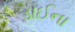
ડાઈના